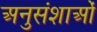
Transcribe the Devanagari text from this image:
अनुसंशाओं